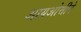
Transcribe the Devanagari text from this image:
आयओसीने